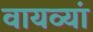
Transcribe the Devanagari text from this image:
वायव्यां